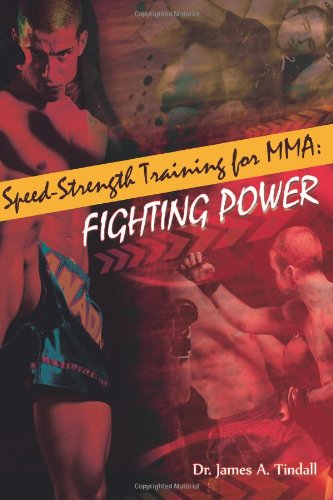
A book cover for Speed Strength Training for MMA: Fighting Power; Dr James A Tindall; Sports & Outdoors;